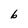
Character: b